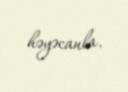
həyəcanla.